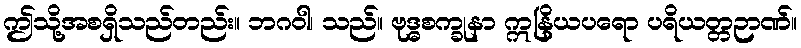
ဤသို့အစရှိသည်တည်း။ ဘဂဝါ၊ သည်။ ဗုဒ္ဓစက္ခုနာ ဣနြိယပရော ပရိယတ္တဉာဏ်။